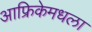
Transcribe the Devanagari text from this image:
आफ्रिकेमधला